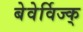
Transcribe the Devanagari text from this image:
बेवेर्विज्क्